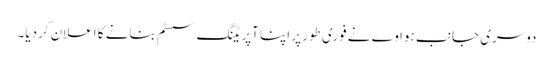
دوسری جانب ہواوے نے فوری طور پر اپنا آپریٹنگ سسٹم بنانے کا اعلان کردیا۔